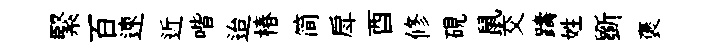
緊百速近喈迨椿简戽酉修硯鼠交躊姓斵褒